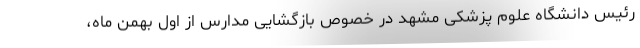
رئیس دانشگاه علوم پزشکی مشهد در خصوص بازگشایی مدارس از اول بهمن ماه،